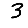
Digit: 3